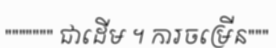
""""""" ជាដើម ។ ការចម្រើន"""